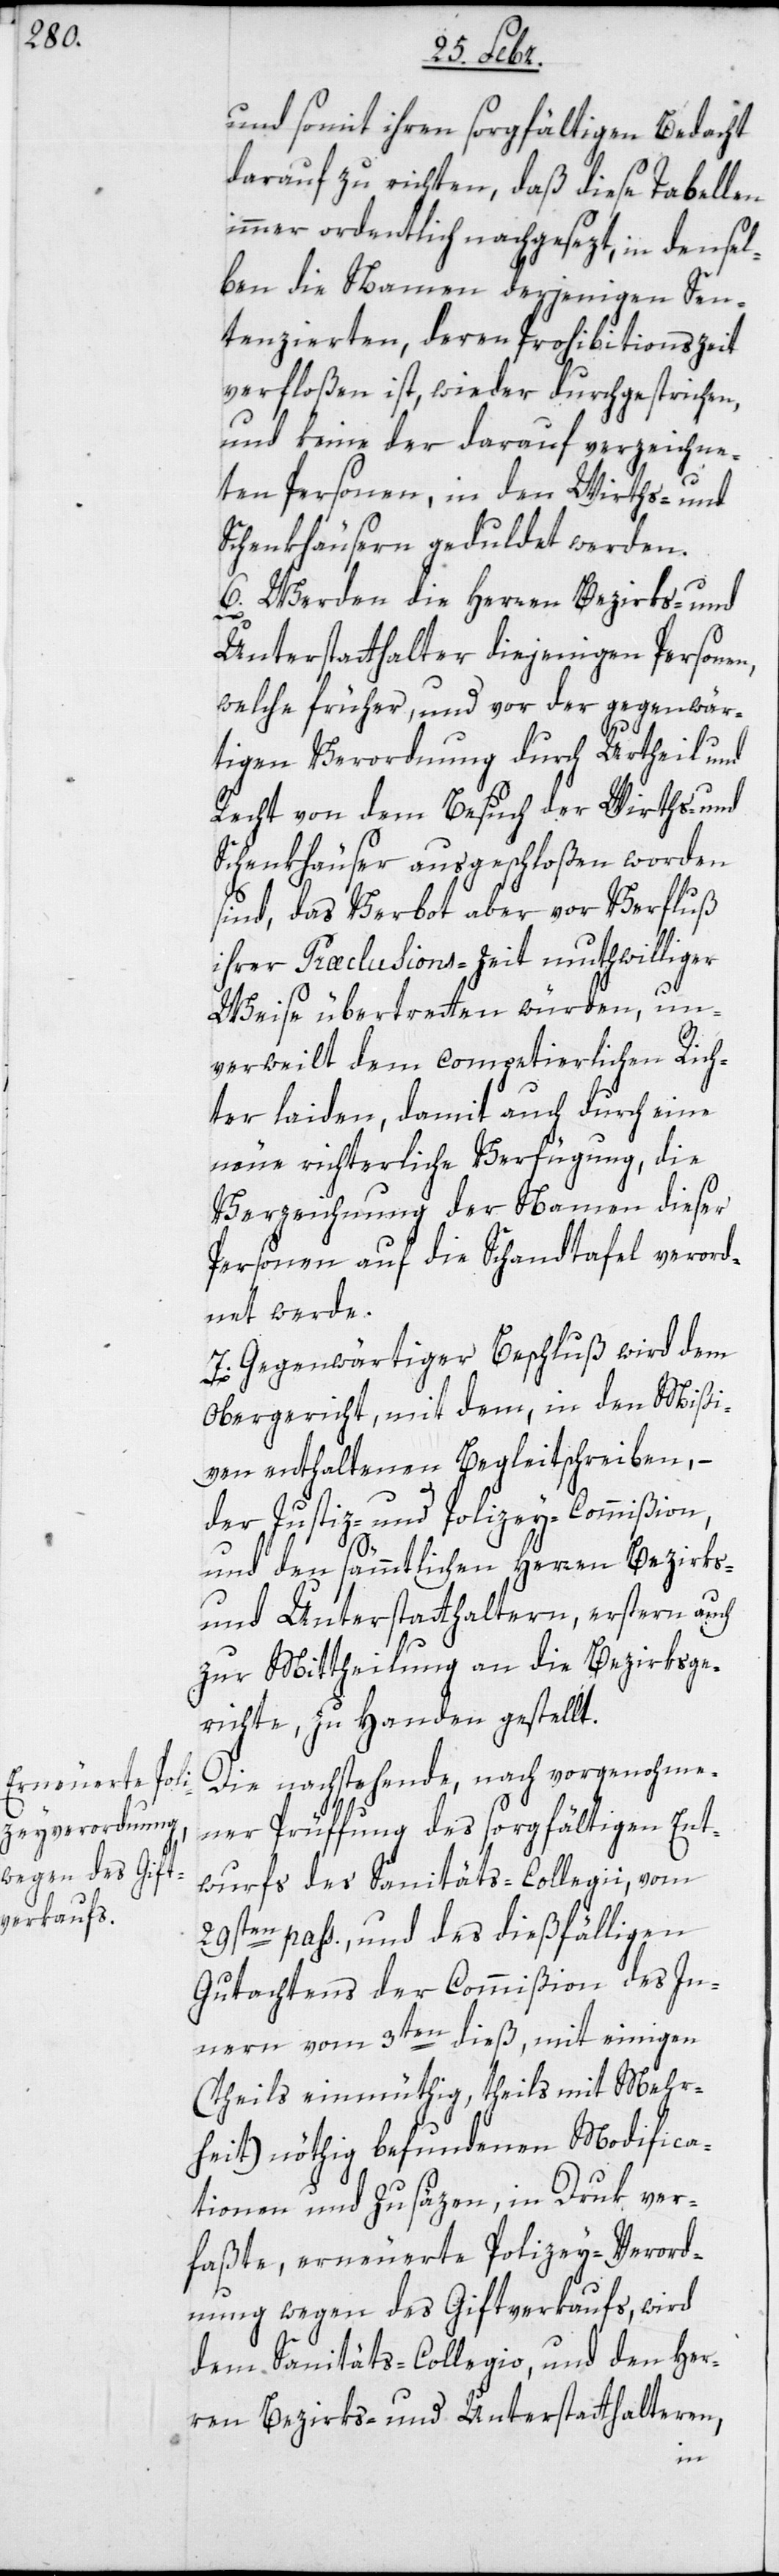
und somit ihren sorgfältigen Bedacht
darauf zu richten, daß diese Tabellen
immer ordentlich nachgesezt, in densel¬
ben die Namen derjenigen Sen¬
tenzierten, deren Prohibitionszeit
verfloßen ist, wieder durchgestrichen,
und keine der darauf verzeichne¬
ten Personen, in den Wirths- und
Schenkhäusern geduldet werden.
6. Werden die Herren Bezirks- und
Unterstatthalter diejenigen Personen,
welche früher und vor der gegenwär¬
tigen Verordnung durch Urtheil und
Recht von dem Besuch der Wirths- und
Schenkhäuser ausgeschloßen worden
sind, das Verbot aber vor Verfluß
ihrer Præclusions-Zeit mutwilliger
Weise übertretten würden, un¬
verweilt dem competierlichen Rich¬
ter laiden, damit auch durch eine
neue richterliche Verfügung, die
Verzeichnung der Namen dieser
Personen auf die Schandtafel verord¬
net werde.
7. Gegenwärtiger Beschluß wird dem
Obergericht, mit dem, in den Mißi¬
ven enthaltenen Begleitschreiben, –
der Justiz- und Polizey-Commißion,
und den sämtlichen Herren Bezirks–
und Unterstatthaltern, erstern auch
zur Mittheilung an die Bezirksge¬
richte, zu Handen gestellt.
Die nachstehende, nach vorgenomme¬
ner Prüffung des sorgfältigen Ent¬
wurfs des Sanitäts-Collegii vom
29sten pass., und des dießfälligen
Gutachtens der Commißion des In¬
neren vom 3ten dieß, mit einigen
(theils einmüthig, theils mit Mehr¬
heit) nöthig befundenen Modifica¬
tionen und Zusäzen, im Druk ver¬
faßte, erneuerte Polizey-Verord¬
nung wegen des Giftverkaufs, wird
dem Sanitäts-Collegio, und den Her¬
ren Bezirks- und Unterstatthalteren,